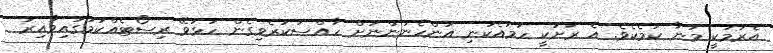
އެރުމަކީ މަނާ ކަމެކެވެ. އެ ރަށަކީ ހަމައެކަނި އަންހެނުންނަށް ހާއްސަކުރެވިގެން ހުޅުވޭ ރިސޯޓެއްކަމުގައިވާއިރު